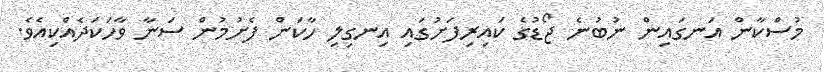
މުސްކާން އަނގައިން ނުބުނެ ޖޯޑުގެ ކައިރިފަށުގައި އިނގިލި ހާކަން ފެށުމުން ސަނާ ވާހަކަދެއްކިއެވެ.